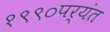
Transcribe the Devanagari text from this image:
१९९०पर्यंत